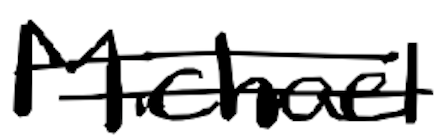
Text: Michael
Cross-out: double-line
Writing tool: digital_black